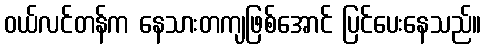
ဝယ်လင်တန်က နေသားတကျဖြစ်အောင် ပြင်ပေးနေသည်။